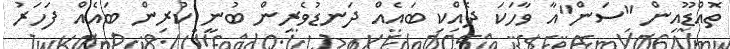
ތޮއްޑޫއިން "ސަން"އާ ވާހަކަ ދެއްކި ބައެއް ދަނޑުވެރިން ބުނީ ކުރިން ބައެއް ފަހަރު